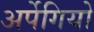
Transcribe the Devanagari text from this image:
अर्पेगियो